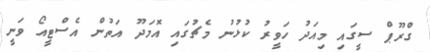
ގްރޫޕް ސީގައި މިއަދު ހަވީރު ކުޅުނު މެޗުގައި އޮމަދޫ އަތުން އެސްޓީއޯ ވަނީ